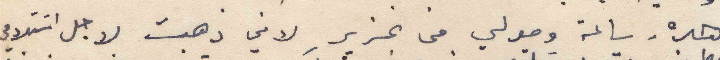
هذه ساعة وصولي من غزير لاني ذهبت لاجل استلامي